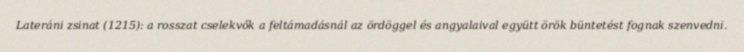
Lateráni zsinat (1215): a rosszat cselekvők a feltámadásnál az ördöggel és angyalaival együtt örök büntetést fognak szenvedni.